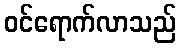
ဝင်ရောက်လာသည်